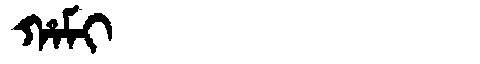
Manchu: ᡥᠠᠮᡳ
Romanization: HAMI